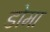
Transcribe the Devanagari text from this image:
डोमा